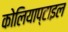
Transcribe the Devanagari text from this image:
कोलियाप्टाइल